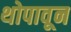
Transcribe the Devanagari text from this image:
थोपावून